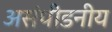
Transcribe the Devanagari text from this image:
असंपीडनीय